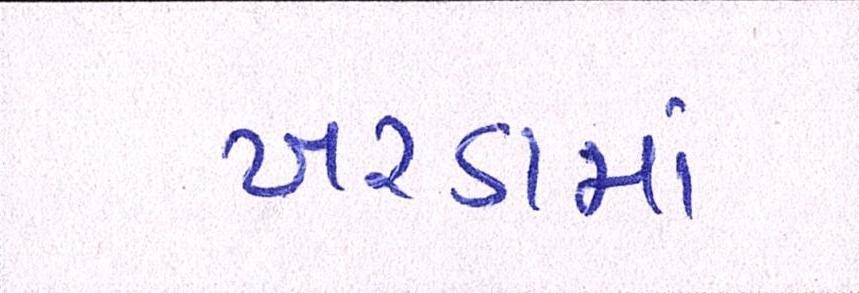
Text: ખરડામાં